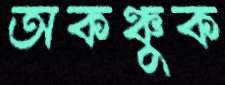
অকঞ্চুক